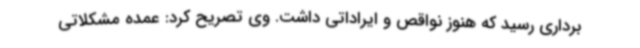
برداری رسید که هنوز نواقص و ایراداتی داشت. وی تصریح کرد: عمده مشکلاتی